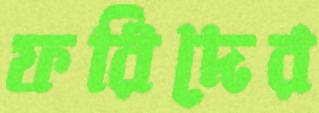
ফরিদের